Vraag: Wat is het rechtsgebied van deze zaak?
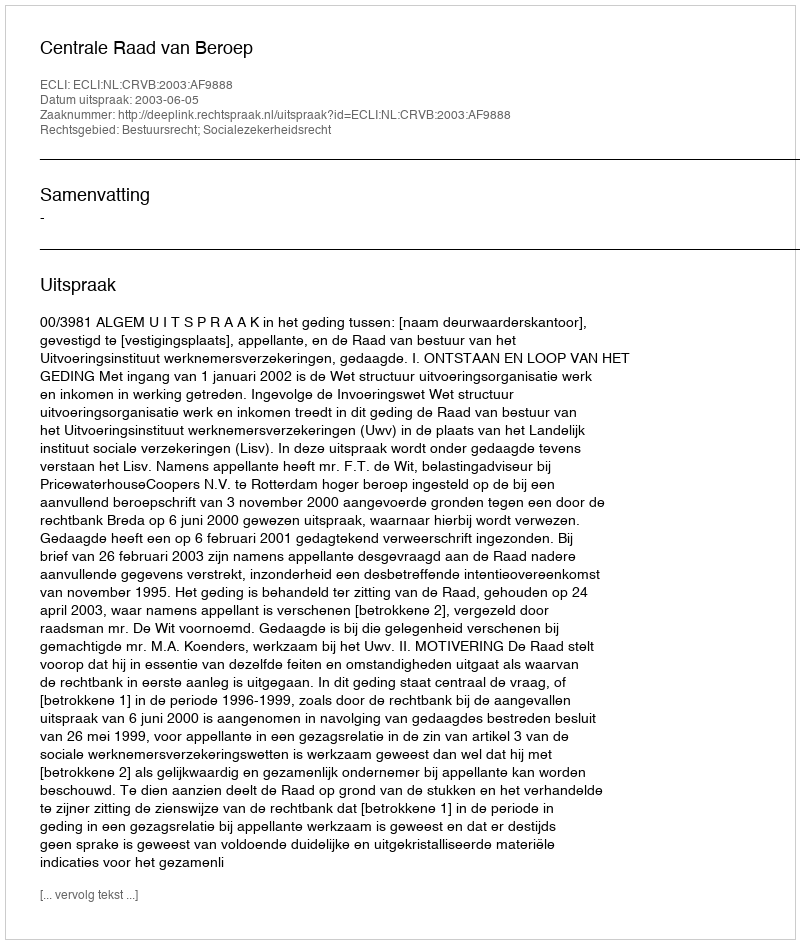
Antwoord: Bestuursrecht; Socialezekerheidsrecht